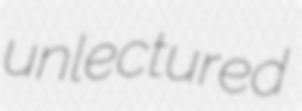
unlectured